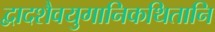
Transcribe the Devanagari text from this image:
द्वादशैवयुगानिकथितानि